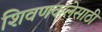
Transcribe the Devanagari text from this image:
शिवणकलेसाठी